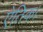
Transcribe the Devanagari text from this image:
ऐतिक।